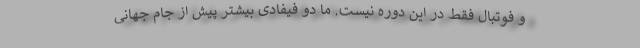
و فوتبال فقط در این دوره نیست. ما دو فیفادی بیشتر پیش از جام جهانی